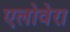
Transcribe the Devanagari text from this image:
एलोवेरा